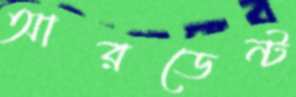
আরডেন্ট